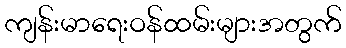
ကျန်းမာရေးဝန်ထမ်းများအတွက်